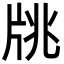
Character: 㸠